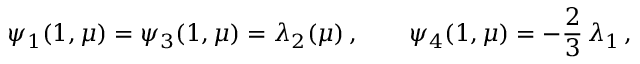
\psi _ { 1 } ( 1 , \mu ) = \psi _ { 3 } ( 1 , \mu ) = \lambda _ { 2 } ( \mu ) \, , \qquad \psi _ { 4 } ( 1 , \mu ) = - \frac 2 3 \, \lambda _ { 1 } \, ,